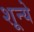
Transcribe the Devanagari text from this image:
शून्ये